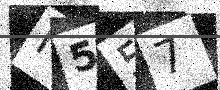
Text: I557